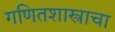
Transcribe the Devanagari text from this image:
गणितशास्त्राचा